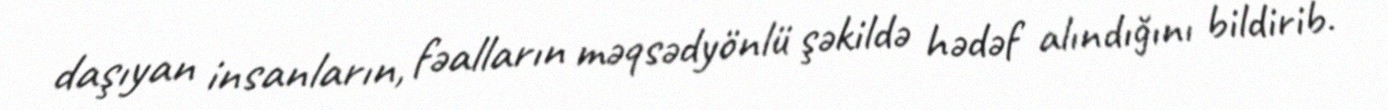
daşıyan insanların, fəalların məqsədyönlü şəkildə hədəf alındığını bildirib.